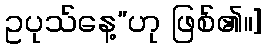
ဥပုသ်နေ့”ဟု ဖြစ်၏။]